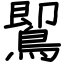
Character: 𪃹